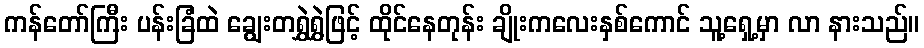
ကန်တော်ကြီး ပန်းခြံထဲ ချွေးတရွှဲရွှဲဖြင့် ထိုင်နေတုန်း ချိုးကလေးနှစ်ကောင် သူ့ရှေ့မှာ လာ နားသည်။